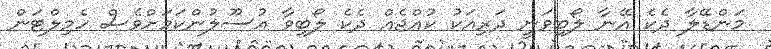
މަންޑޭލާ ދެކެ އޭނާ ލޯބިވަނީ ދަރިއަކު ކުއްޖެއް ދެކެ ލޯބިވާ އުސޫލުންކަމަށްވެސް ހެމިލްޓަން